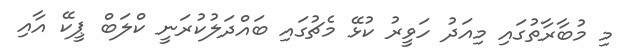
މި މުބާރާތުގައި މިއަދު ހަވީރު ކުޅޭ މެޗުގައި ބައްދަލުކުރަނީ ކްލަބް ޕީކޭ އާއި